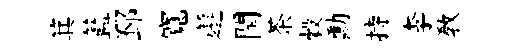
箕籃邳寬邂閏茶穀勳持李教